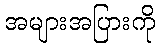
အများအပြားကို